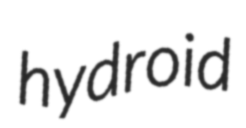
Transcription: hydroid